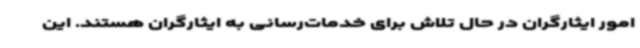
امور ایثارگران در حال تلاش برای خدمات‌رسانی به ایثارگران هستند. این